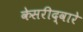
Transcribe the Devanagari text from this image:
केसरीद्वारे